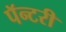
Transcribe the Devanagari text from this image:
पॅन्टरी